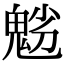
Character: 𩲿